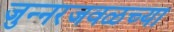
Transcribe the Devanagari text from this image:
जुन्नरजवळच्या